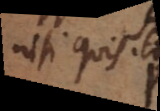
nisi quis